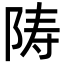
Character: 陦